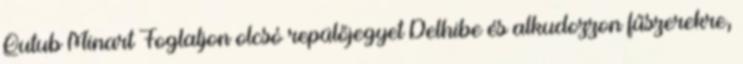
Qutub Minart Foglaljon olcsó repülőjegyet Delhibe és alkudozzon fűszerekre,